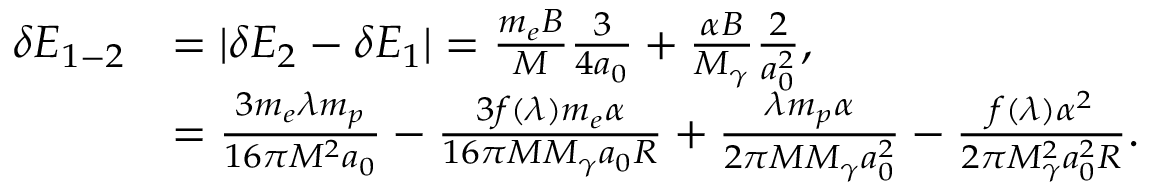
\begin{array} { r l } { \delta E _ { 1 - 2 } } & { = | \delta E _ { 2 } - \delta E _ { 1 } | = \frac { m _ { e } B } { M } \frac { 3 } { 4 a _ { 0 } } + \frac { \alpha B } { M _ { \gamma } } \frac { 2 } { a _ { 0 } ^ { 2 } } , } \\ & { = \frac { 3 m _ { e } \lambda m _ { p } } { 1 6 \pi M ^ { 2 } a _ { 0 } } - \frac { 3 f ( \lambda ) m _ { e } \alpha } { 1 6 \pi M M _ { \gamma } a _ { 0 } R } + \frac { \lambda m _ { p } \alpha } { 2 \pi M M _ { \gamma } a _ { 0 } ^ { 2 } } - \frac { f ( \lambda ) \alpha ^ { 2 } } { 2 \pi M _ { \gamma } ^ { 2 } a _ { 0 } ^ { 2 } R } . } \end{array}